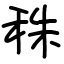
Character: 秼